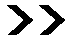
>>